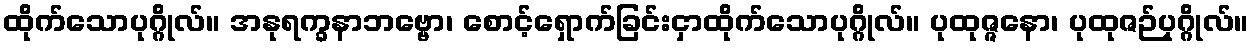
ထိုက်သောပုဂ္ဂိုလ်။ အနုရက္ခနာဘဗ္ဗော၊ စောင့်ရှောက်ခြင်းငှာထိုက်သောပုဂ္ဂိုလ်။ ပုထုဇ္ဇနော၊ ပုထုဇဉ်ပုဂ္ဂိုလ်။